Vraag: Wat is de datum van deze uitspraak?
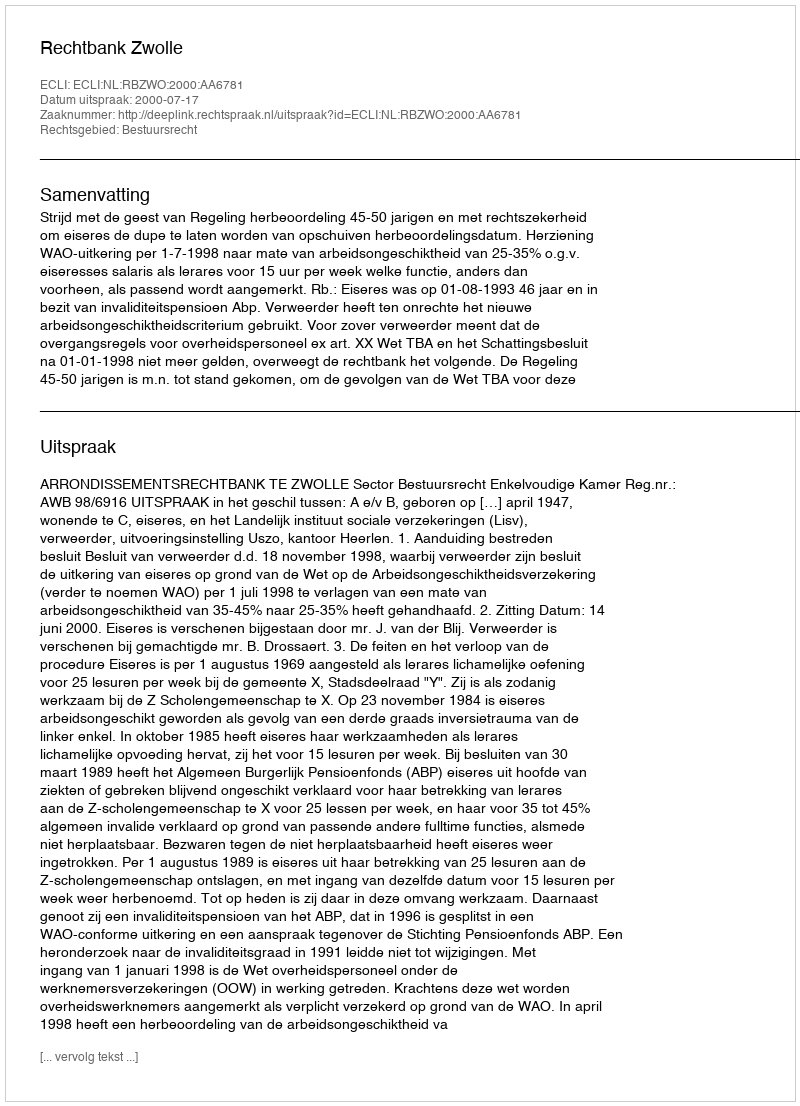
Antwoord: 2000-07-17